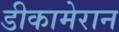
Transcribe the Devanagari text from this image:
डीकामेरान